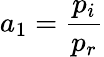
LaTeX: a_{1}=\frac{p_{i}}{p_{r}}